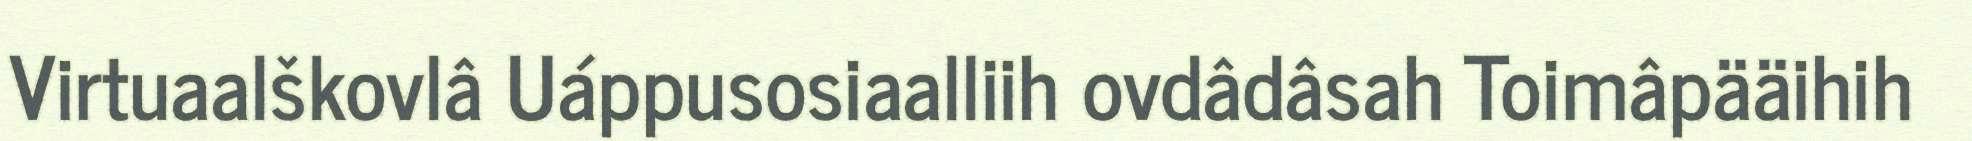
Virtuaalškovlâ Uáppusosiaalliih ovdâdâsah Toimâpääihih